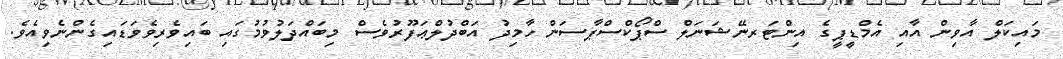
މައިކަލް އާވިން އާއި އެމްޑީޕީގެ އިންޓަރނޭޝަނަލް ސްޕޯކްސްޕާސަން ހާމިދު އަބްދުލްޢަފޫރުވެސް މިބައްދަލުވުމުގައި ބައިވެރިވެވަޑައިގެންނެވިއެވެ.